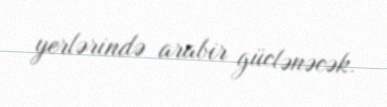
yerlərində arabir güclənəcək.